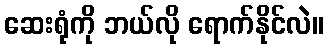
ဆေးရုံကို ဘယ်လို ရောက်နိုင်လဲ။